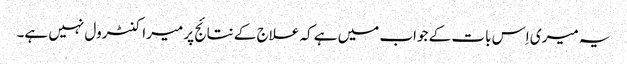
یہ میری اِس بات کے جواب میں ہے کہ علاج کے نتائج پر میرا کنٹرول نہیں ہے۔